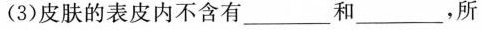
3)皮肤的表皮内不含有_____和____，所